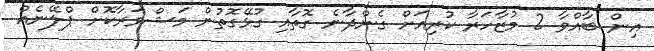
އިން ބާއްވާ 2 މުޒާހަރާ ކުރިއަށް ގެންދާނެ ގޮތާއި ގުޅޭގޮތުން މަޝްވަރާކޮށް ޕްލޭނެއް